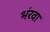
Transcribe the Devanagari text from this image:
भंरवा